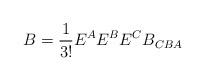
LaTeX: \begin{align*}B = \frac{1}{3!}E^{A}E^{B}E^{C}B_{CBA}\end{align*}